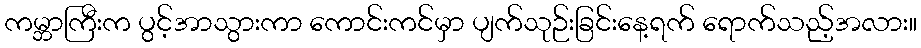
ကမ္ဘာကြီးက ပွင့်အာသွားကာ ကောင်းကင်မှာ ပျက်သုဉ်းခြင်းနေ့ရက် ရောက်သည့်အလား။